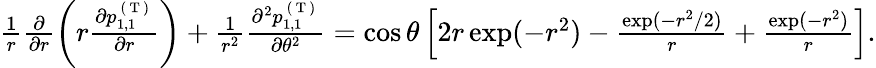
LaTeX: \begin{array}{r}{\frac{1}{r}\frac{\partial}{\partial r}\left(r\frac{\partial p_{1,1}^{\mathrm{~(~T~)~}}}{\partial r}\right)+\frac{1}{r^{2}}\frac{\partial^{2}p_{1,1}^{\mathrm{~(~T~)~}}}{\partial\theta^{2}}=\cos\theta\left[2r\exp(-r^{2})-\frac{\exp(-r^{2}/2)}{r}+\frac{\exp(-r^{2})}{r}\right].}\end{array}